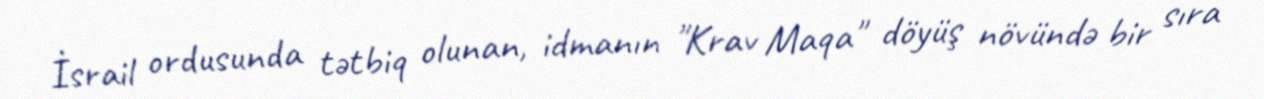
İsrail ordusunda tətbiq olunan, idmanın "Krav Maqa" döyüş növündə bir sıra